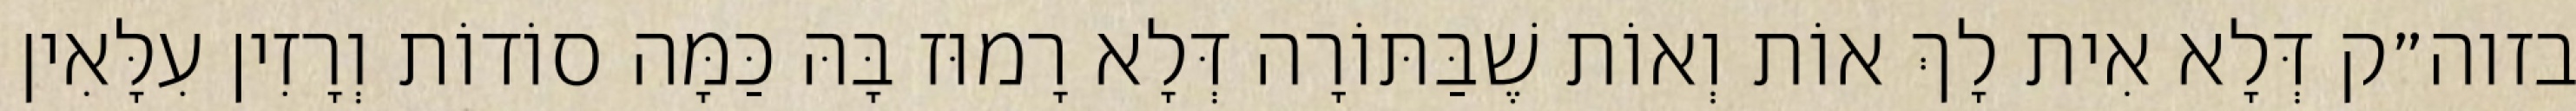
בזוה״ק דְּלָא אִית לָךְ אוֹת וְאוֹת שֶׁבַּתּוֹרָה דְּלָא רָמוּז בָּהּ כַּמָּה סוֹדוֹת וְרָזִין עִלָּאִין